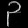
Digit: ၃